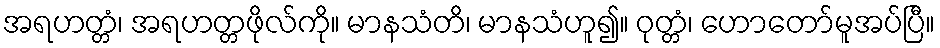
အရဟတ္တံ၊ အရဟတ္တဖိုလ်ကို။ မာနသံတိ၊ မာနသံဟူ၍။ ဝုတ္တံ၊ ဟောတော်မူအပ်ပြီ။